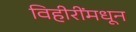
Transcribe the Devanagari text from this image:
विहीरींमधून